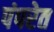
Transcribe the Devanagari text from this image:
पंपरेत